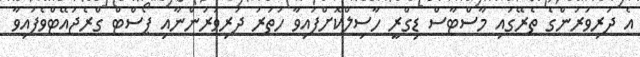
އެ ދަރިވަރުންގެ ތެރޭގައި މާސްޓާސް ޑިގްރީ ހާސިލްކޮށްފައިވާ ހަތަރު ދަރިވަރުންނާއި ޕޯސްޓް ގްރެޖުއޭޓްވެފައިވާ